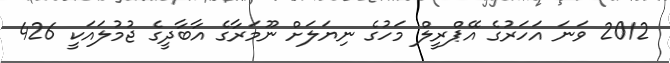
2012 ވަނަ އަހަރުގެ އޭޕްރީލް މަހުގެ ނިޔަލަށް ނޫމަރާގެ އާބާދީގެ ޖުމުލައަކީ 426